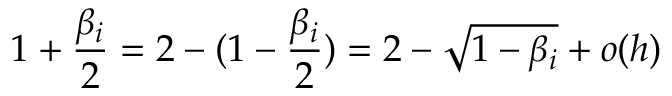
1 + \frac { \beta _ { i } } 2 = 2 - ( 1 - \frac { \beta _ { i } } 2 ) = 2 - \sqrt { 1 - \beta _ { i } } + o ( h )